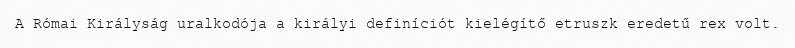
A Római Királyság uralkodója a királyi definíciót kielégítő etruszk eredetű rex volt.